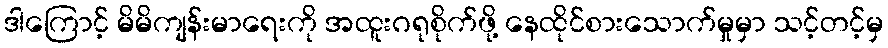
ဒါကြောင့် မိမိကျန်းမာရေးကို အထူးဂရုစိုက်ဖို့ နေထိုင်စားသောက်မှုမှာ သင့်တင့်မှ